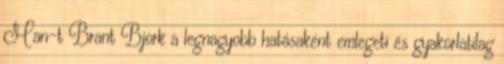
Man-t Brant Bjork a legnagyobb hatásaként emlegeti és gyakorlatilag